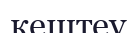
кештеу